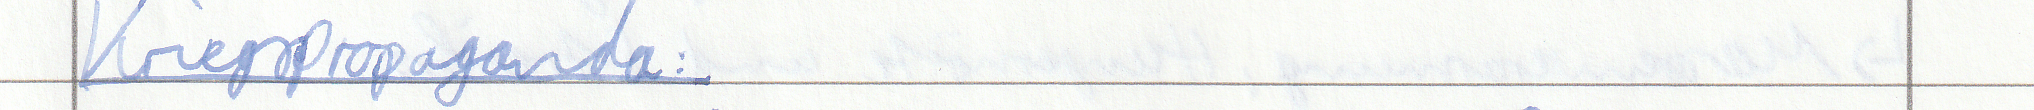
Kriegspropaganda: